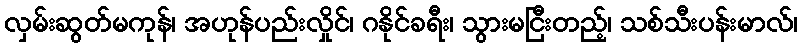
လှမ်းဆွတ်မကုန်၊ အဟုန်ပည်းလှိုင်၊ ဂနိုင်ခရီး၊ သွားမငြီးတည့်၊ သစ်သီးပန်းမာလ်၊